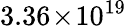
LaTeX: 3.36\! \times\! 10^{19}